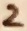
Text: 2